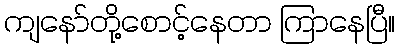
ကျနော်တို့စောင့်နေတာ ကြာနေပြီ။